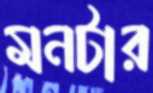
মনটার